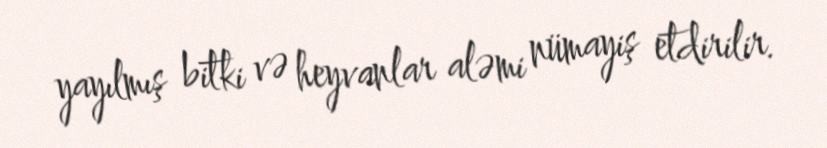
yayılmış bitki və heyvanlar aləmi nümayiş etdirilir.